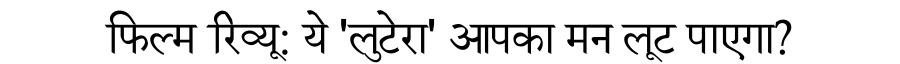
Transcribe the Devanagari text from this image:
फिल्म रिव्यू: ये 'लुटेरा' आपका मन लूट पाएगा?